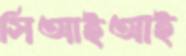
সিআইআই